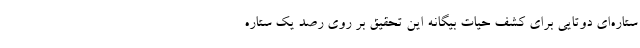
ستاره‌ای دوتایی برای کشف حیات بیگانه این تحقیق بر روی رصد یک ستاره